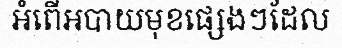
អំពើអបាយមុខផ្សេងៗដែល